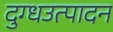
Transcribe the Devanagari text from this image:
दुग्धउत्पादन